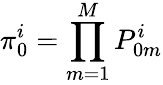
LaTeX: \pi_{0}^{i}=\prod_{m=1}^{M}P_{0m}^{i}